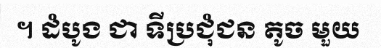
។ ដំបូង ជា ទីប្រជុំជន តូច មួយ